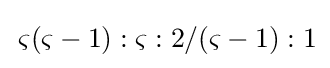
\,\varsigma (\varsigma -1):\varsigma :2/(\varsigma -1):1